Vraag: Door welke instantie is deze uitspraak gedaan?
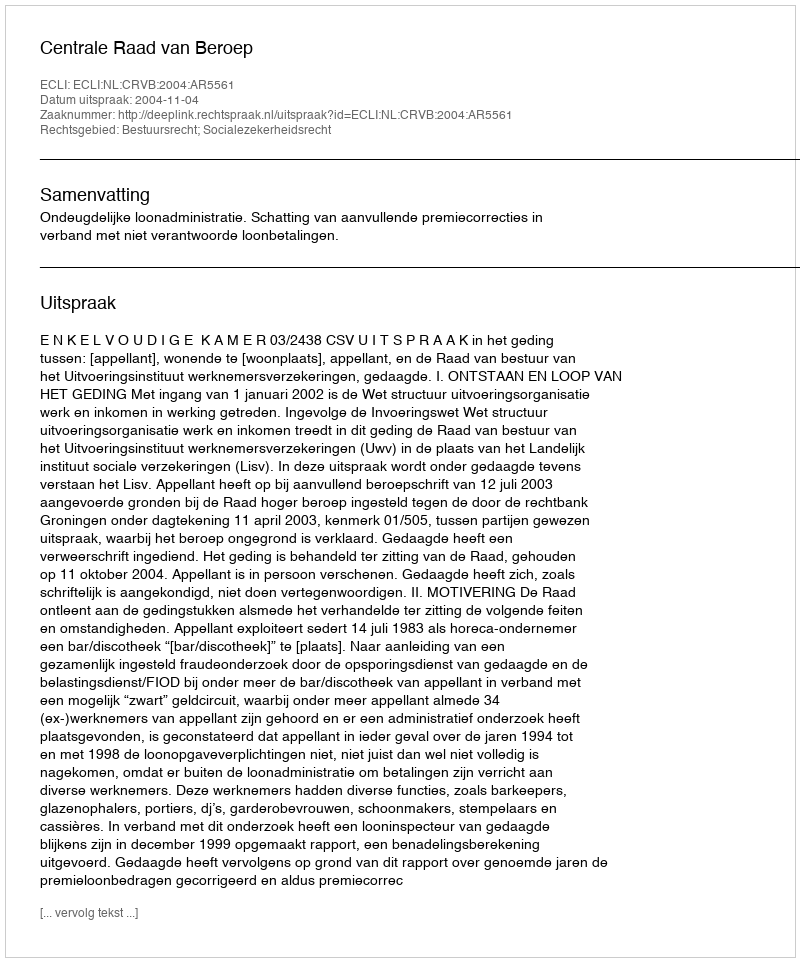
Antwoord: Centrale Raad van Beroep